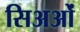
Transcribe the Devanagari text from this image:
सिअओं